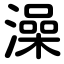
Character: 澡